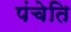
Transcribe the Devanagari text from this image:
पंचेति